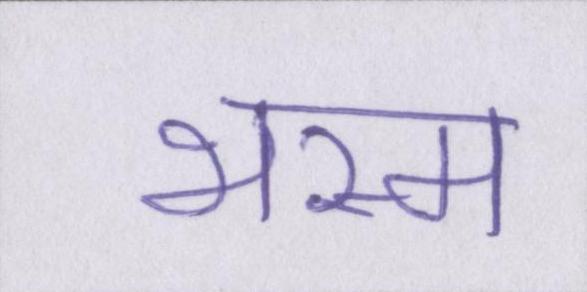
भस्म